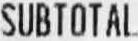
SUBTOTAL